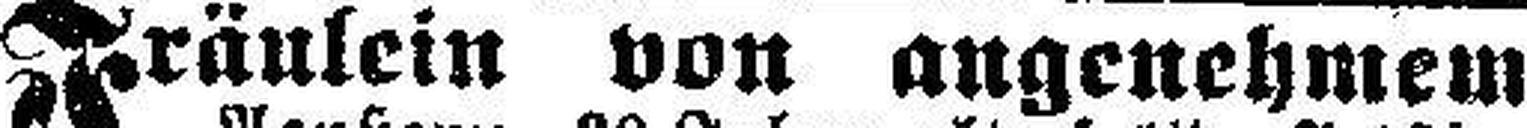
Fräulein von angenehmem